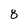
Character: 8